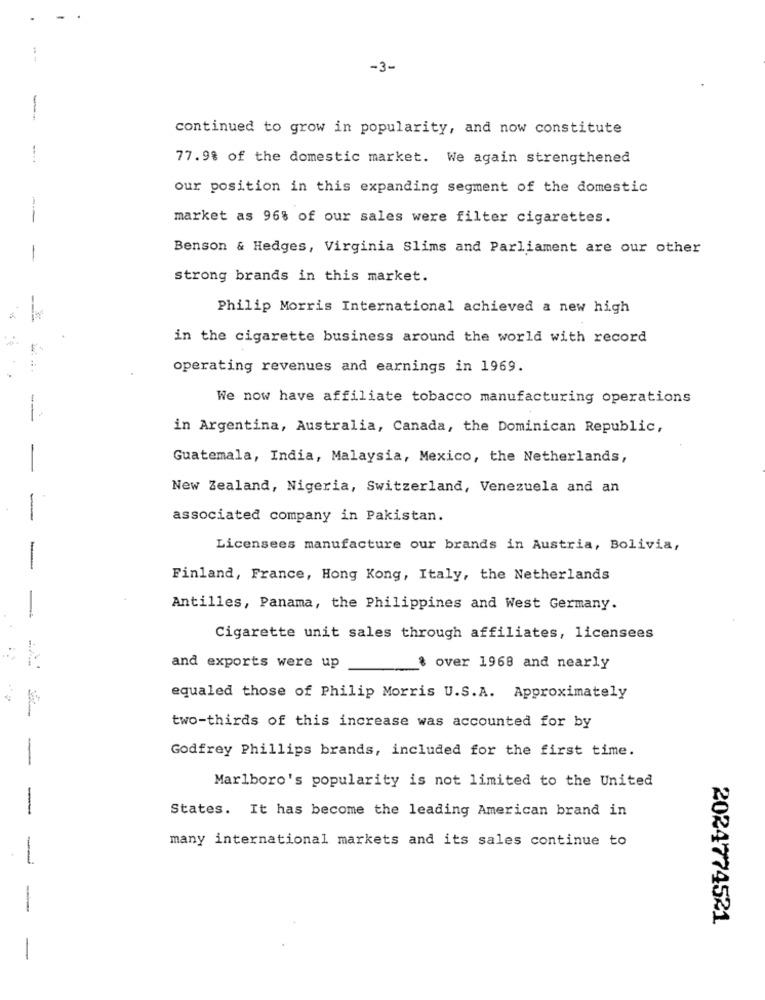
-3-
continued to grow in popularity, and now constitute
77.9% of the domestic market. We again strengthened
our position in this expanding segment of the domestic
market as 96% of our sales were filter cigarettes.
Benson & Hedges, Virginia Slims and Parliament are our other
strong brands in this market.
Philip Morris International achieved a new high
in the cigarette business around the world with record
operating revenues and earnings in 1969.
We now have affiliate tobacco manufacturing operations
in Argentina, Australia, Canada, the Dominican Republic,
Guatemala, India, Malaysia, Mexico, the Netherlands,
New Zealand, Nigeria, Switzerland, Venezuela and an
-
associated company in Pakistan.
Licensees manufacture our brands in Austria, Bolivia,
-
Finland, France, Hong Kong, Italy, the Netherlands
Antilles, Panama, the Philippines and West Germany.
-
Cigarette unit sales through affiliates, licensees
and exports were up
& over 1968 and nearly
equaled those of Philip Morris U.S.A. Approximately
two-thirds of this increase was accounted for by
Godfrey Phillips brands, included for the first time.
-
Marlboro's popularity is not limited to the United
-
States. It has become the leading American brand in
many international markets and its sales continue to
-
2024774521